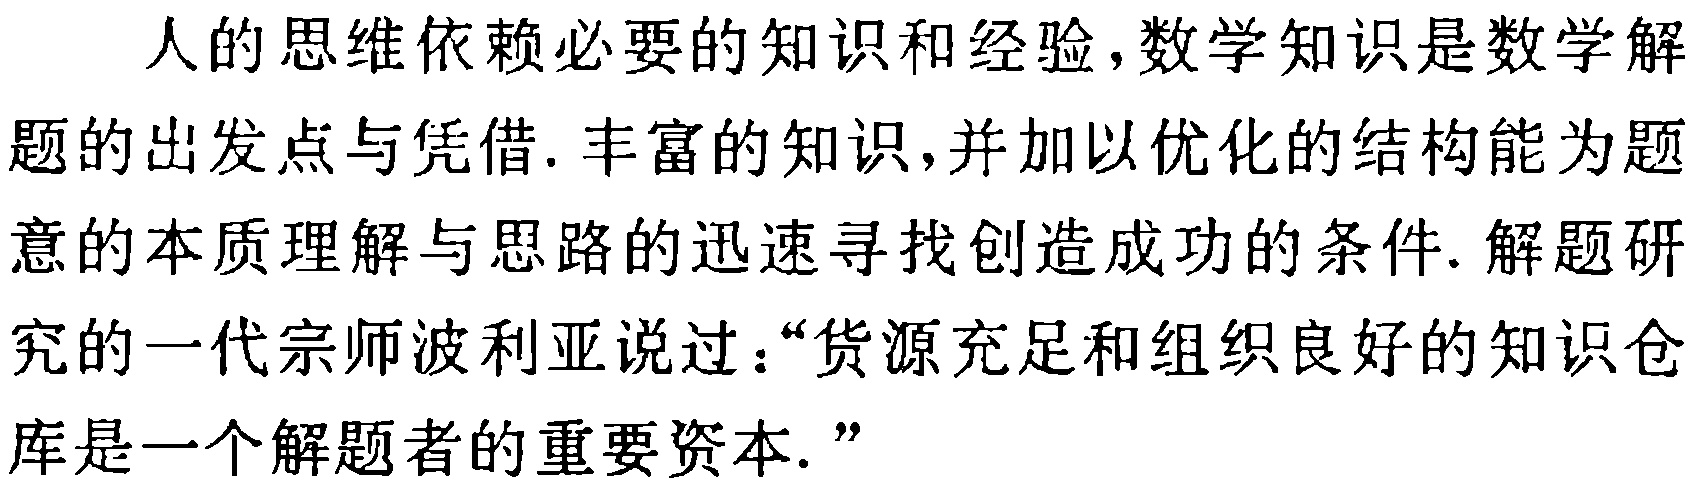
人的思维依赖必要的知识和经验,数学知识是数学解题的出发点与凭借. 丰富的知识,并加以优化的结构能为题意的本质理解与思路的迅速寻找创造成功的条件. 解题研究的一代宗师波利亚说过：“货源充足和组织良好的知识仓库是一个解题者的重要资本.”